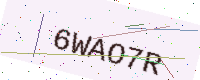
Text: 6WAO7R